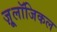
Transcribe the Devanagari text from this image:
ज़ू्लॉजिकल